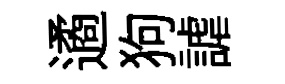
遹狗謔